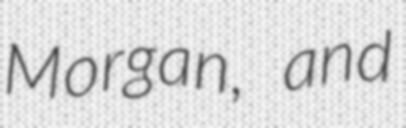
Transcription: Morgan, and